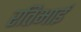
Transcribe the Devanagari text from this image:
रतिभाई